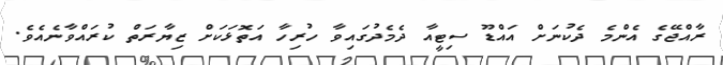
ރާއްޖޭގެ އެންމެ ދެކުނަށް އައްޑޫ ސިޓީއާ ދެމެދުގައިވާ ހުރިހާ އަތޮޅަކަށް ޒިޔާރަތް ކުރައްވާނެއެވެ.